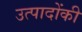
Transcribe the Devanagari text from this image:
उत्पादोंकी